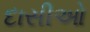
દાસીઓ